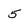
Character: 5